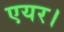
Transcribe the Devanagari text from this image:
एयर।